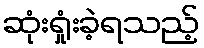
ဆုံးရှုံးခဲ့ရသည့်